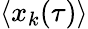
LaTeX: \langle x_{k}(\tau)\rangle